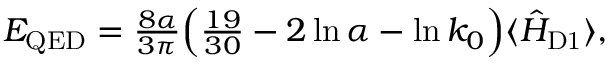
\begin{array} { r } { E _ { \mathrm { Q E D } } = \frac { 8 \alpha } { 3 \pi } \Big ( \frac { 1 9 } { 3 0 } - 2 \ln \alpha - \ln k _ { 0 } \Big ) \langle \hat { H } _ { \mathrm { D 1 } } \rangle , } \end{array}